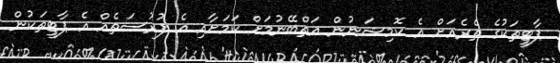
ޕާޓީތަކުގެ ތެރެއަށް އެ ކޮމިޝަނުން އަތްބޭނުމަށް ކަމަށާއި އެ ފުރުސަތެއް އެ ޕާޓީތަކުން